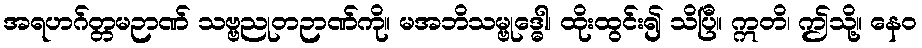
အရဟဂ်တ္တမဉာဏ် သဗ္ဗညုတဉာဏ်ကို။ မအဘိသမ္ဗုဒ္ဓေါ၊ ထိုးထွင်း၍ သိပြီ။ ဣတိ၊ ဤသို့။ နေဝ